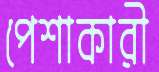
পেশাকারী